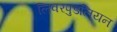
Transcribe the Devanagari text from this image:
लिवरपुडलियन